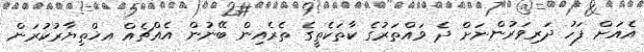
އެއަށް ފަހު ދަރިވަރުންނަށް ދެ ވައްތަރުގެ ކާތަކެތީގެ ތެރެއިން ބޭނުން އެއްޗެއް އޚްތިޔާރުކުރަން